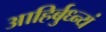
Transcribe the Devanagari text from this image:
आहिर्बुध्न्यं